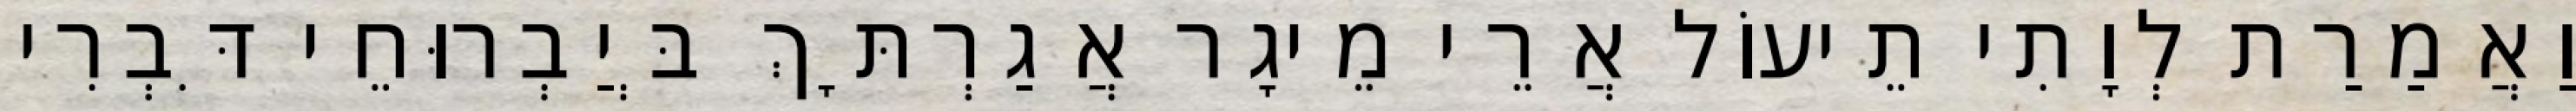
וַאֲמַרַת לְוָתִי תֵיעוֹל אֲרֵי מֵיגָר אֲגַרְתָּךְ בְּיַבְרוּחֵי דִּבְרִי